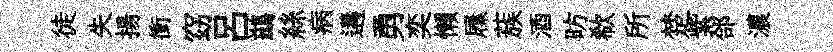
徒失揚衝窈呂鷀絲病遘勇奕懒屧蔟酒昉欷所楚紫郃濃